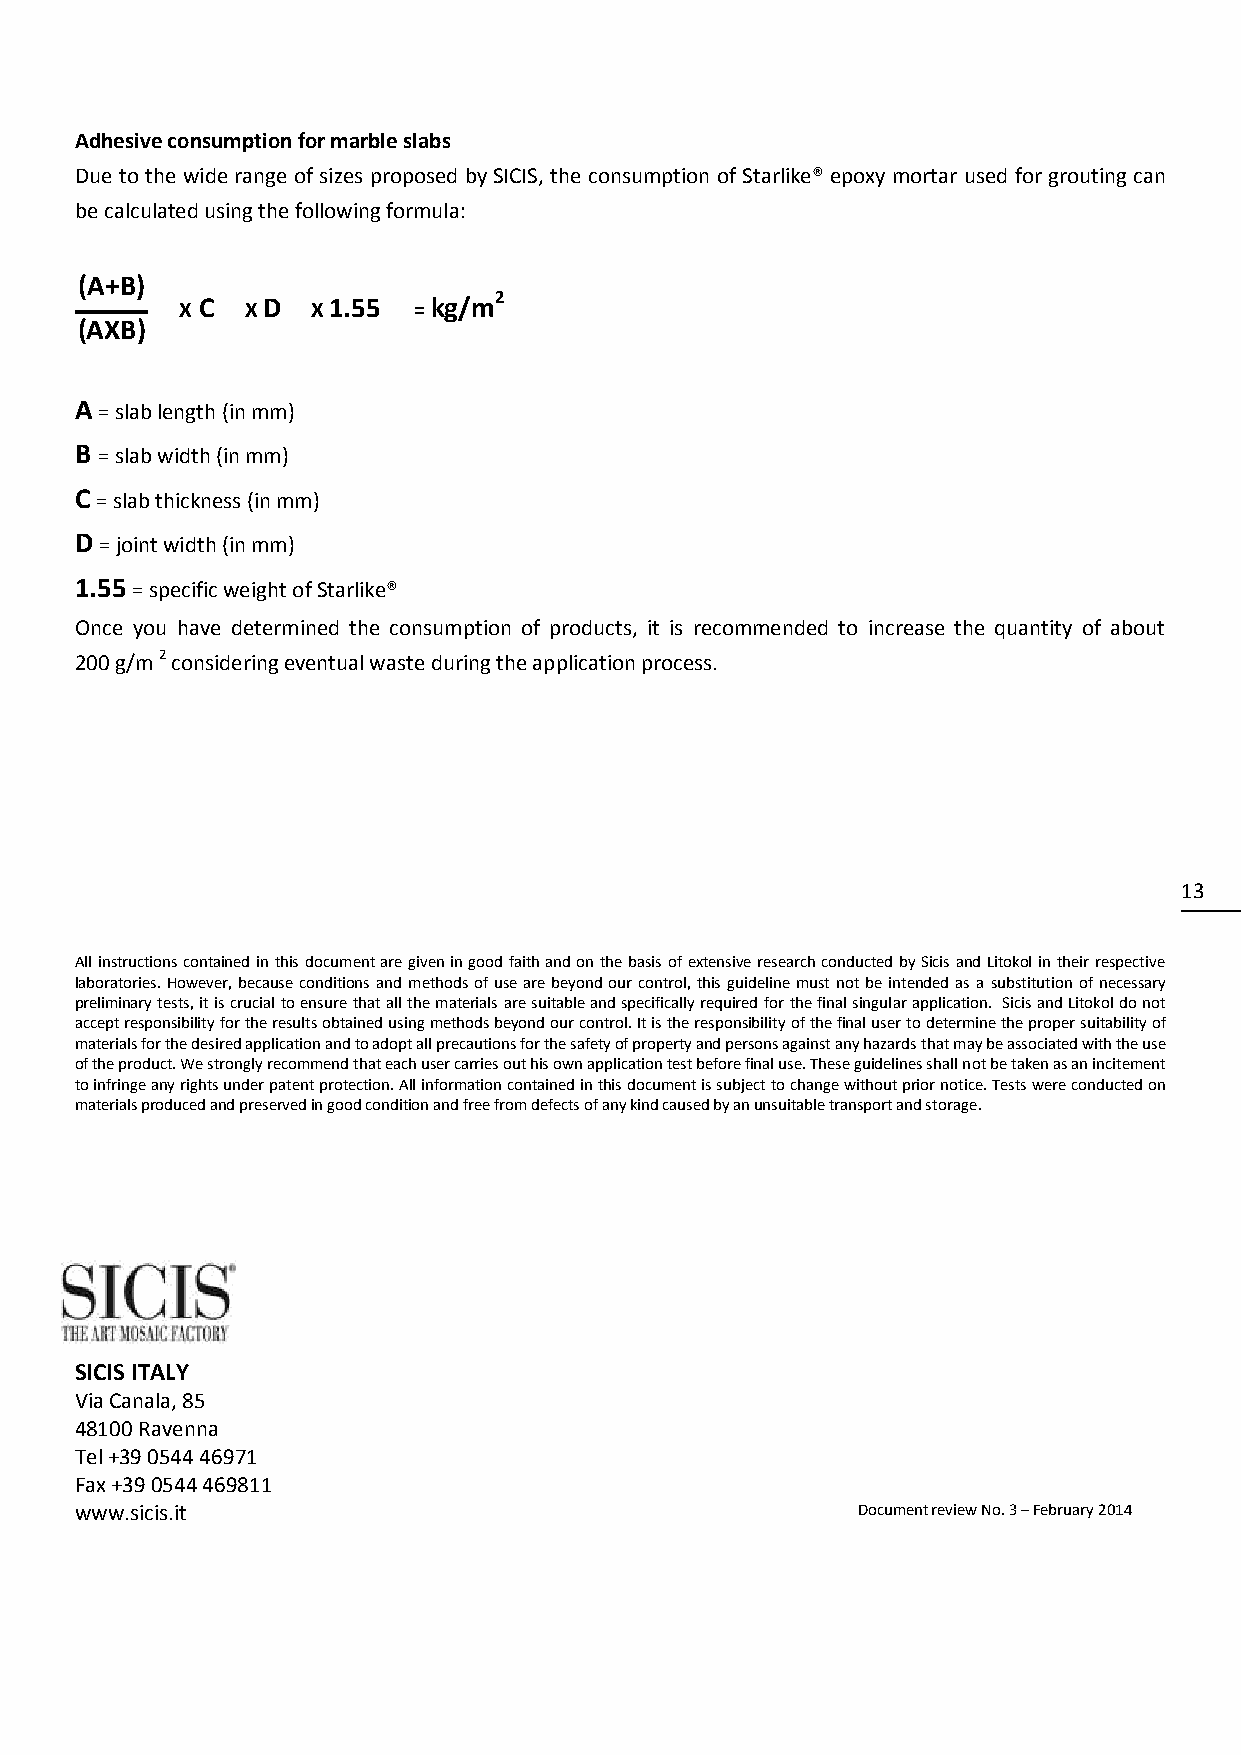
Adhesive consumption for marble slabs
 Due to the wide range of sizes proposed by SICIS, the consumption of Starlike® epoxy mortar used for grouting can
 be calculated using the following formula:
 (A+B)
 X C X D  X 1.55 = kg/m2
 (AXB)
 A = slab length (in mm)
 B = slab width (in mm)
 C = slab thickness (in mm)
 D = joint width (in mm)
 1.55 = specific weight of Starlike®
 Once you have determined the consumption of products, it is recommended to increase the quantity of about
 200 g/m 2 considering eventual waste during the application process.
 13
 All instructions contained in this document are given in good faith and on the basis of extensive research conducted by Sicis and Litokol in their respective
 laboratories. However, because conditions and methods of use are beyond our control, this guideline must not be intended as a substitution of necessary
 preliminary tests, it is crucial to ensure that all the materials are suitable and specifically required for the final singular application. Sicis and Litokol do not
 accept responsibility for the results obtained using methods beyond our control. It is the responsibility of the final user to determine the proper suitability of
 materials for the desired application and to adopt all precautions for the safety of property and persons against any hazards that may be associated with the use
 of the product. We strongly recommend that each user carries out his own application test before final use. These guidelines shall not be taken as an incitement
 to infringe any rights under patent protection. All information contained in this document is subject to change without prior notice. Tests were conducted on
 materials produced and preserved in good condition and free from defects of any kind caused by an unsuitable transport and storage.
 SICIS ITALY
 Via Canala, 85
 48100 Ravenna
 Tel +39 0544 46971
 Fax +39 0544 469811
 www.sicis.it                                        Document review No. 3 – February 2014